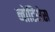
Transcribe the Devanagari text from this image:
नोटिसेस